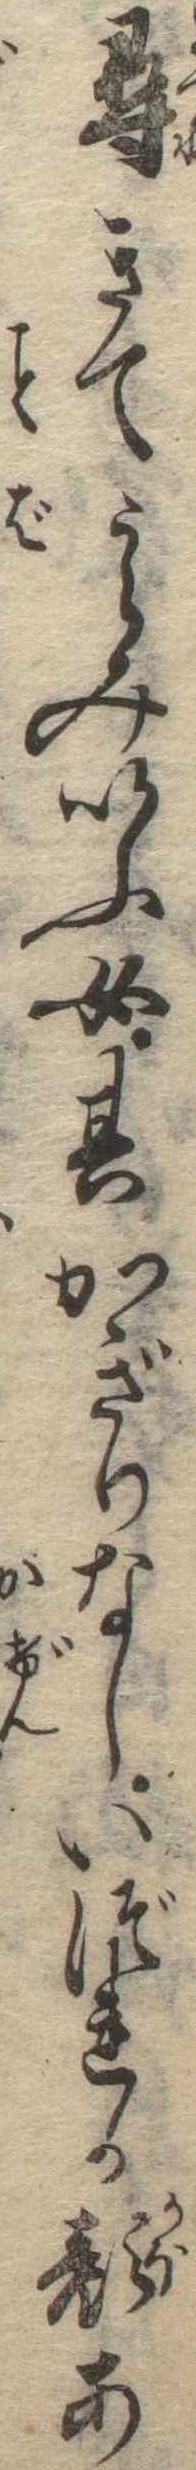
尋きてうらみいふ女其かぎりなしいづれか顔あ